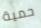
حمية